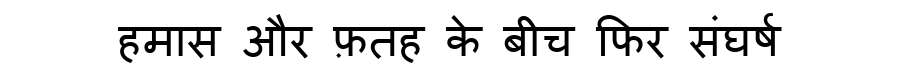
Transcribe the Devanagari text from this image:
हमास और फ़तह के बीच फिर संघर्ष